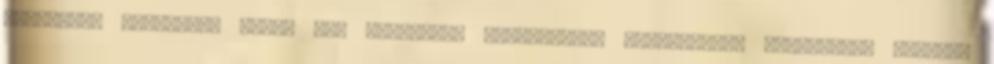
nagyanyám százéves. Szála alá poklokra, harmadnapon halottaiból feltámada, felméne